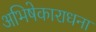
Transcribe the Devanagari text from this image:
अभिषेकाराधना